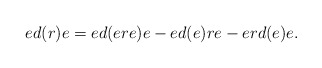
\begin{align*} ed(r)e=ed(ere)e-ed(e)re-erd(e)e. \end{align*}